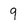
Character: 9